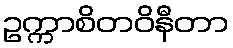
ဥက္ကာစိတဝိနီတာ